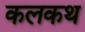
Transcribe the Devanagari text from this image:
कलकथ